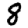
Digit: 8